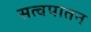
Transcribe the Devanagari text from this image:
सत्वपातन